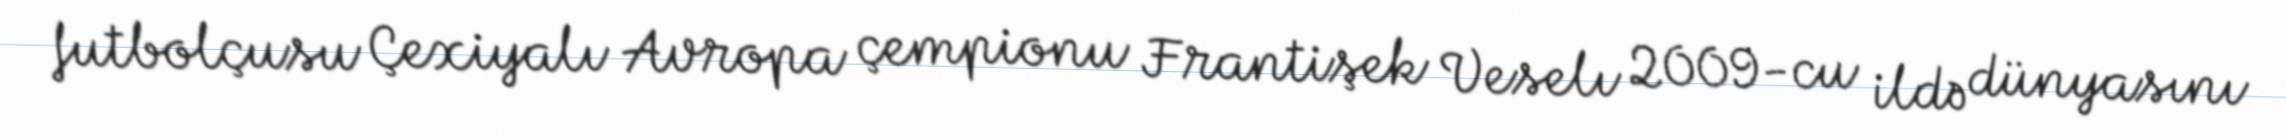
futbolçusu Çexiyalı Avropa çempionu Frantişek Veselı 2009-cu ildə dünyasını